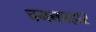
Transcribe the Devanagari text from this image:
चमनबहार